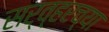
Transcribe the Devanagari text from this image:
सर्व्हरच्या